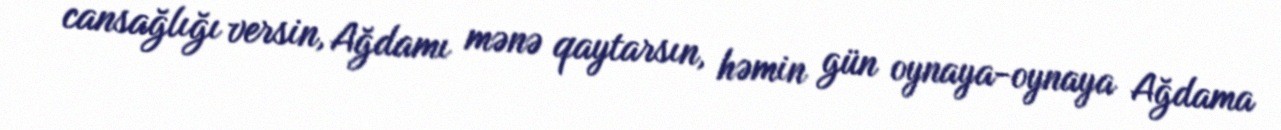
cansağlığı versin, Ağdamı mənə qaytarsın, həmin gün oynaya-oynaya Ağdama